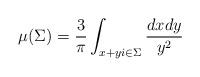
LaTeX: \begin{align*} \mu(\Sigma) = \frac{3}{\pi}\int_{x+yi\in \Sigma} \frac{dxdy}{y^2}\end{align*}